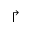
\Rsh